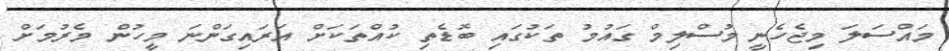
މައްސަލަ މިޖެހެނީ މުސްލިމް ގައުމު ތަކުގައި ބޮޑެތި ކުއްތަކަށް އަރައިގަންނަ މީހުން މެރުމަށް